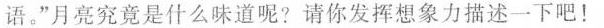
语。”月亮究竟是什么味道呢?请你发挥想象力描述一下吧！